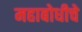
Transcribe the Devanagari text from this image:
महाबोधीचे